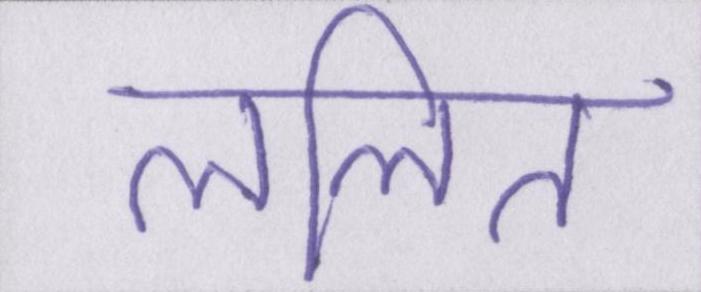
ललित